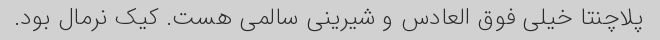
پلاچنتا خیلی فوق العادس و شیرینی سالمی هست. کیک نرمال بود.